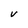
Character: V